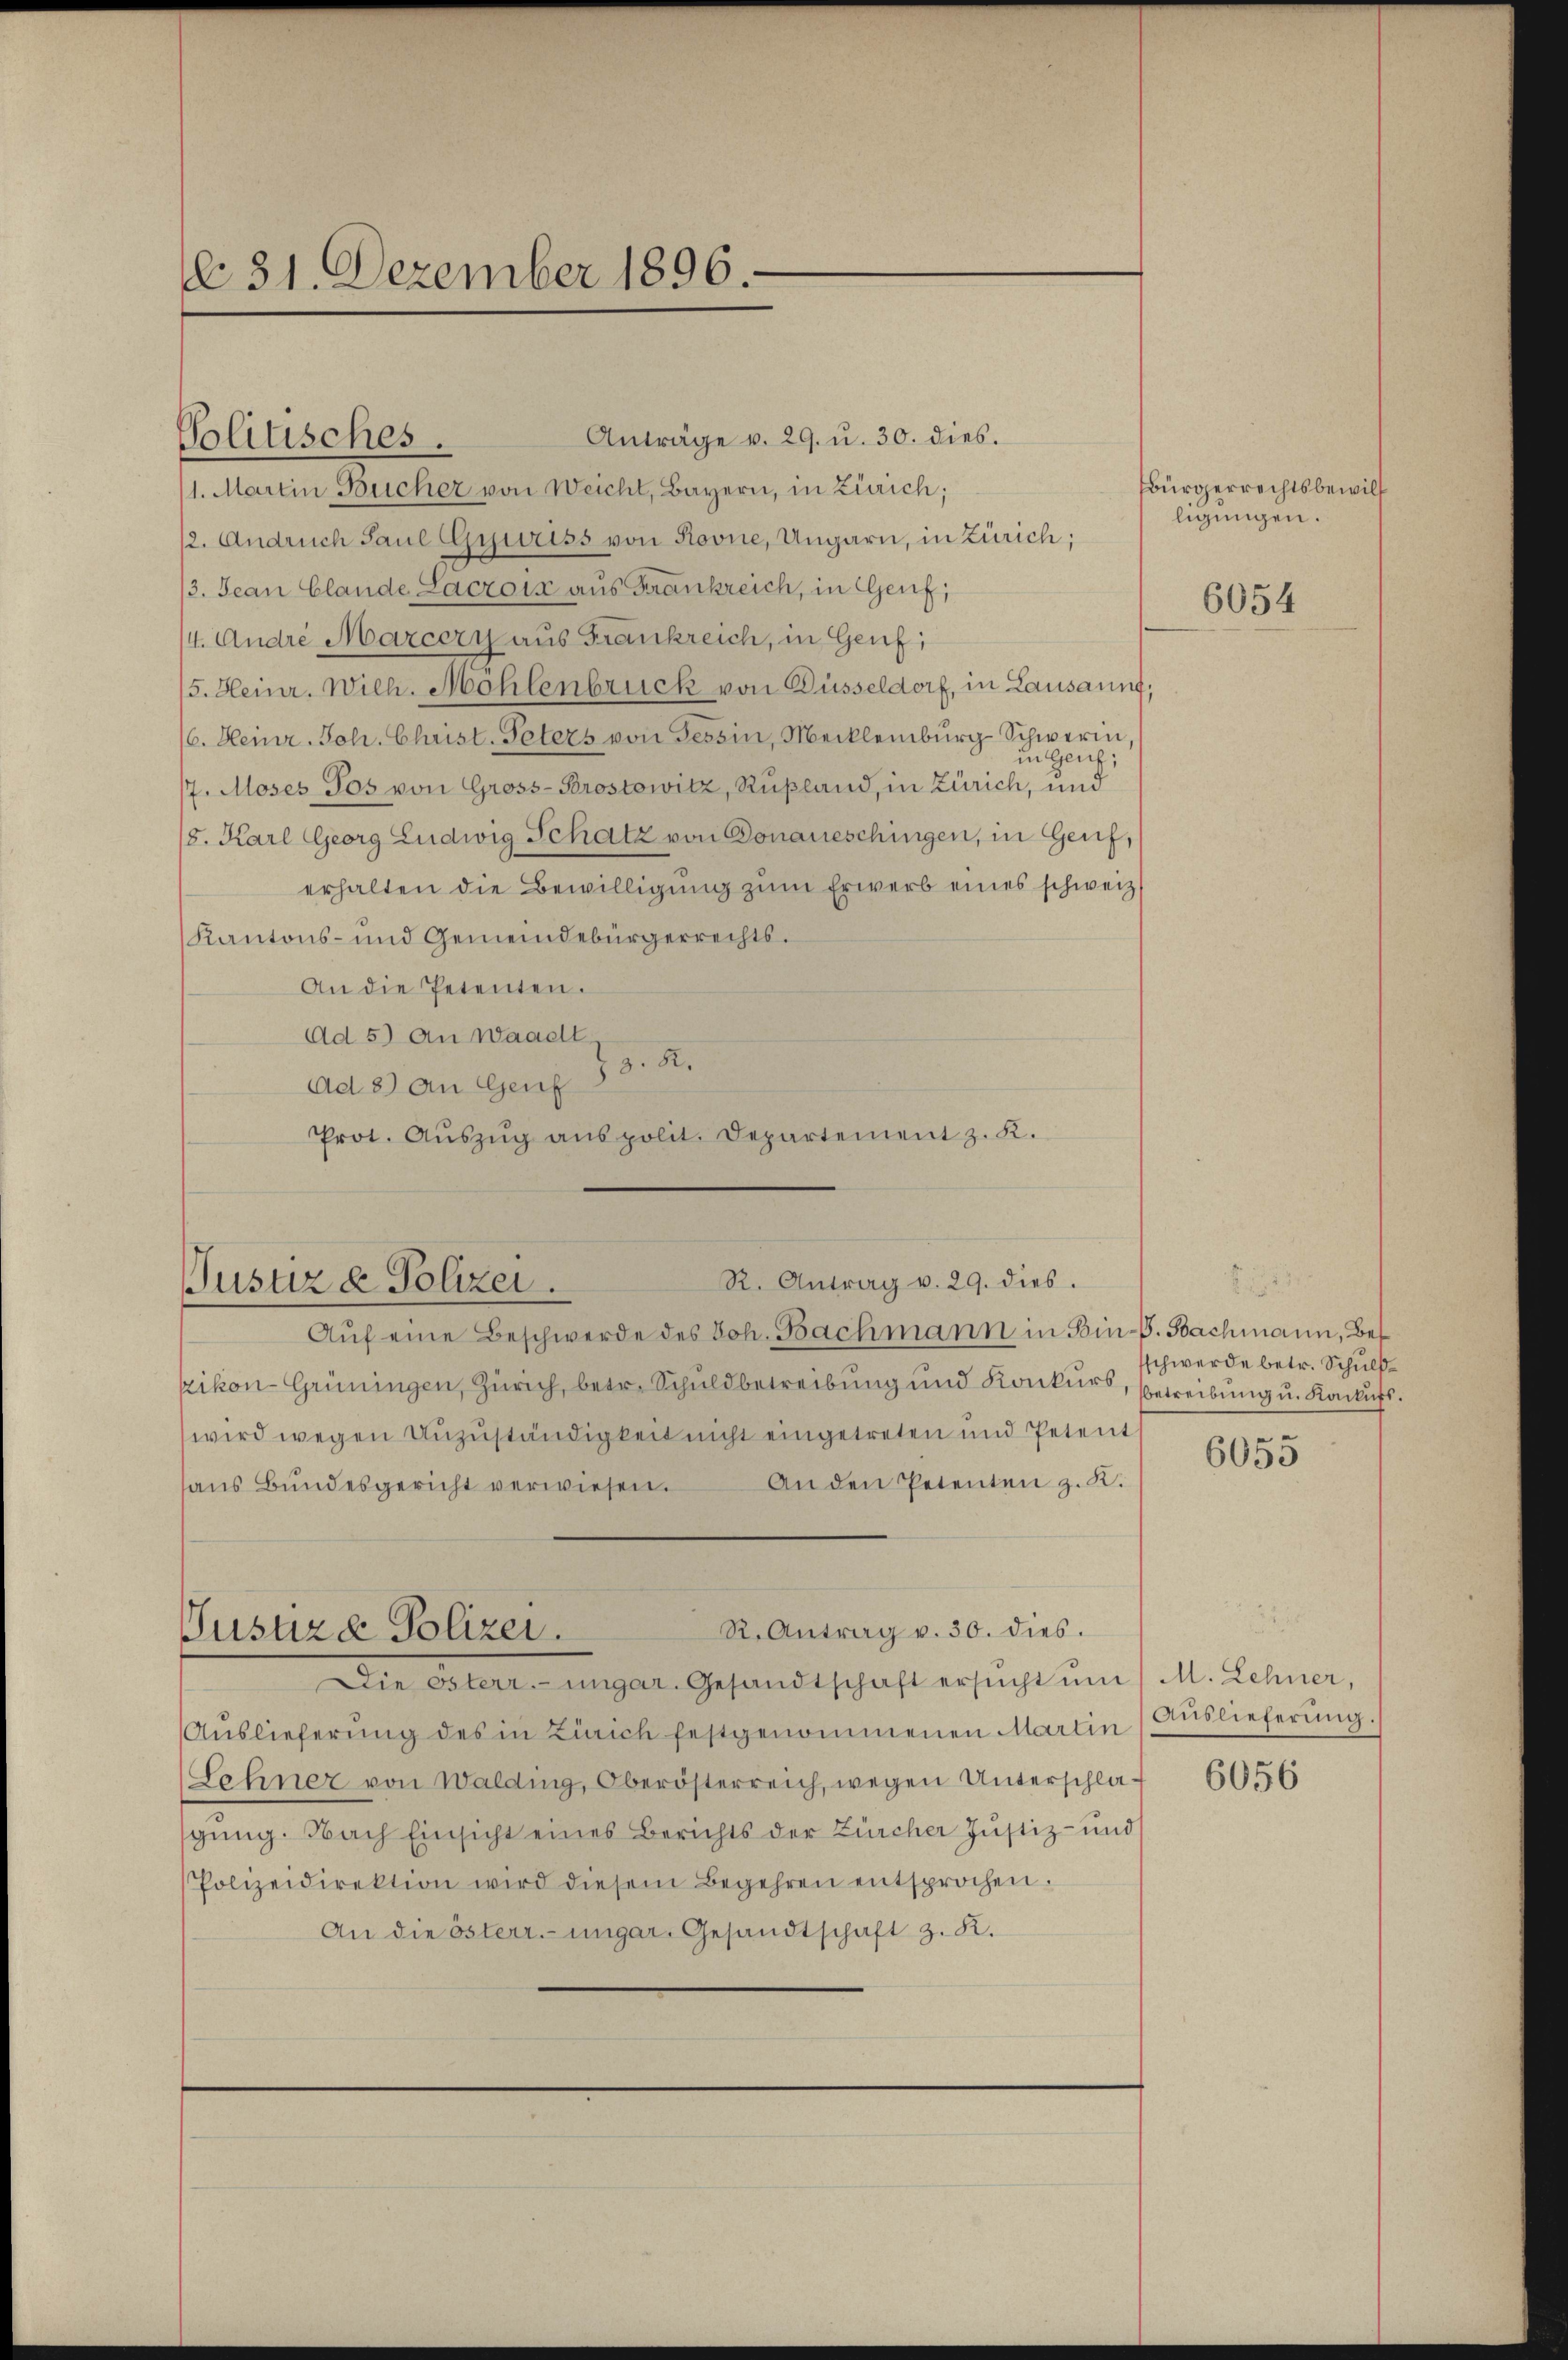
dd. 31. Dezember 1896.

Anträge v. 29. u. 30. dies.
1. Martin Bücher von Weicht, Bayern, in Zürich;
2. Andruch Saul Gyuriss von Rovne, Ungarn, in Zürich;
3. Jean Clande Lacrois aus Frankreich, in Genf,
(4. Andre Marcery aus Frankreich, in Genf;
5. Heinr. Wilh. Mohlenbruck von Düsseldorf, in Lausaunf,
6. Heinr. Joh. Christ. Peters von Tessin, Mecklenburg Schwerin
in Genf;
7. Moses Jos von Gross-Brostowitz, Rußland, in Zürich, und
8. Karl Georg Ludwig Schatz von Donaueschingen, in Genf,
erhalten die Bewilligung zum Erwerb eines schweiz.
Kantons- und Gemeindebürgerrechts.
An die Petenten.
Ad 5) An Waadt
Ad 8) An Genf 13. R.
Prot. Aŭszŭg anspolit. Departement z. K.

Solitisches.

R. Antrag v. 29. dies.
Justiz & Polizei.

R. Antrag v. 30. dies.
Jusuze Polizei.

Bürgerrechtsbewill
ligungen.

Aŭf eine Beschwerde des Joh. Bachmann in Bin-S. Bachmann, Bezikon-Grüningen, Zürich, betr. Schuldbetreibung und Konkurs, betreibung u. Konkurs.
wird wegen Unzuständigkeit nicht eingetreten und Petent
An den Petenten z. R.
aus Bundesgericht verwiesen.
Die Osterr.-ungar. Gesandtschaft ersucht um / M. Lehner,
Aŭslieferŭng des in Zürich festgenommenen Martin Auslieferŭng.
Lehner von Walding, Oberösterreich, wegen Unterschlagŭng. Nach Einsicht eines Berichts der Zürcher Justiz- und
Polizeidirektion wird diesem Begehren entsprochen.
An die österr.-ungar. Gesandtschaft z. K.

6054

sschwerde betr. Schuld¬

6055

6056